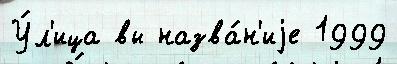
У́л'ица вы назва́н'иjе 1999